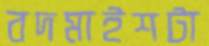
বদমাইশটা